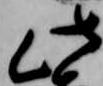
此